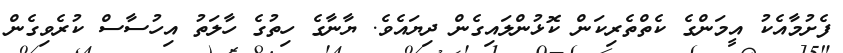
ފެށުމާއެކު އީމަންގެ ކެތްތެރިކަން ކޮޅުންލައިގެން ދިޔައެވެ. ޔާނާގެ ހިތުގެ ހާލަތު އިހުސާސް ކުރެވިގެން